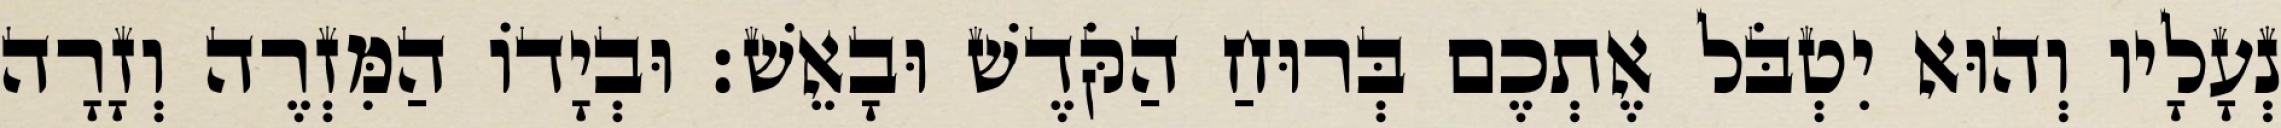
נְעָלָיו וְהוּא יִטְבֹּל אֶתְכֶם בְּרוּחַ הַקֹּדֶשׁ וּבָאֵשׁ׃ וּבְיָדוֹ הַמִּזְרֶה וְזָרָה